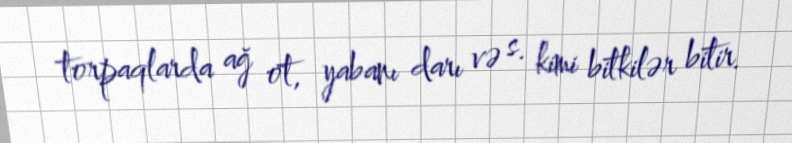
torpaqlarda ağ ot, yabanı darı və s. kimi bitkilər bitir.